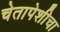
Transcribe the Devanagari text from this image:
चेतापेशीचा